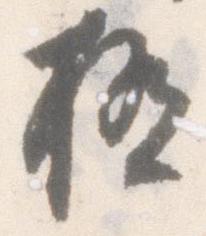
極